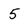
Character: 5